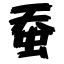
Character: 蚕